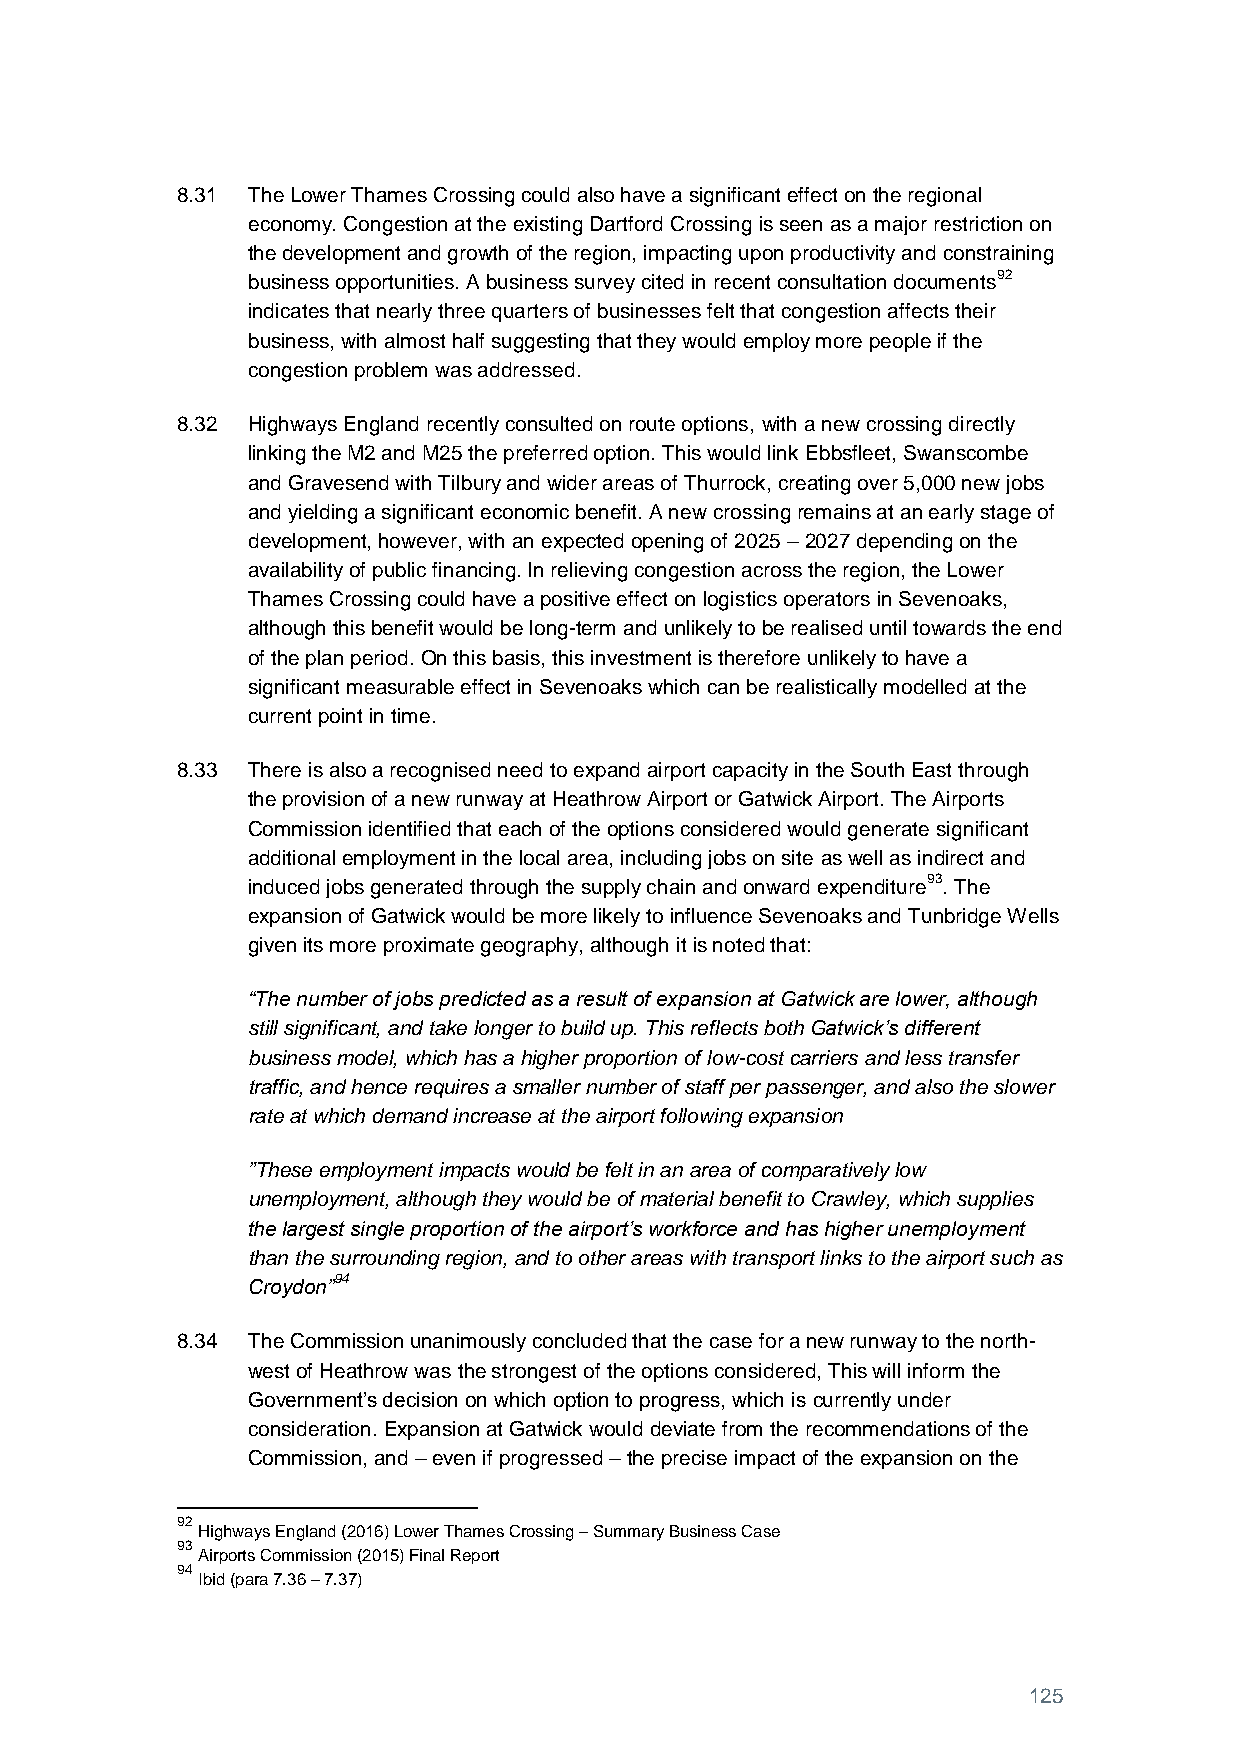
8.31 The Lower Thames Crossing could also have a significant effect on the regional
 economy. Congestion at the existing Dartford Crossing is seen as a major restriction on
 the development and growth of the region, impacting upon productivity and constraining
 business opportunities. A business survey cited in recent consultation documents92
 indicates that nearly three quarters of businesses felt that congestion affects their
 business, with almost half suggesting that they would employ more people if the
 congestion problem was addressed.
 8.32 Highways England recently consulted on route options, with a new crossing directly
 linking the M2 and M25 the preferred option. This would link Ebbsfleet, Swanscombe
 and Gravesend with Tilbury and wider areas of Thurrock, creating over 5,000 new jobs
 and yielding a significant economic benefit. A new crossing remains at an early stage of
 development, however, with an expected opening of 2025 – 2027 depending on the
 availability of public financing. In relieving congestion across the region, the Lower
 Thames Crossing could have a positive effect on logistics operators in Sevenoaks,
 although this benefit would be long-term and unlikely to be realised until towards the end
 of the plan period. On this basis, this investment is therefore unlikely to have a
 significant measurable effect in Sevenoaks which can be realistically modelled at the
 current point in time.
 8.33 There is also a recognised need to expand airport capacity in the South East through
 the provision of a new runway at Heathrow Airport or Gatwick Airport. The Airports
 Commission identified that each of the options considered would generate significant
 additional employment in the local area, including jobs on site as well as indirect and
 induced jobs generated through the supply chain and onward expenditure93. The
 expansion of Gatwick would be more likely to influence Sevenoaks and Tunbridge Wells
 given its more proximate geography, although it is noted that:
 “The number of jobs predicted as a result of expansion at Gatwick are lower, although
 still significant, and take longer to build up. This reflects both Gatwick’s different
 business model, which has a higher proportion of low-cost carriers and less transfer
 traffic, and hence requires a smaller number of staff per passenger, and also the slower
 rate at which demand increase at the airport following expansion
 ”These employment impacts would be felt in an area of comparatively low
 unemployment, although they would be of material benefit to Crawley, which supplies
 the largest single proportion of the airport’s workforce and has higher unemployment
 than the surrounding region, and to other areas with transport links to the airport such as
 Croydon”94
 8.34 The Commission unanimously concluded that the case for a new runway to the north-
 west of Heathrow was the strongest of the options considered, This will inform the
 Government’s decision on which option to progress, which is currently under
 consideration. Expansion at Gatwick would deviate from the recommendations of the
 Commission, and – even if progressed – the precise impact of the expansion on the
 92
 Highways England (2016) Lower Thames Crossing – Summary Business Case
 93
 Airports Commission (2015) Final Report
 94
 Ibid (para 7.36 – 7.37)
 125